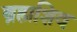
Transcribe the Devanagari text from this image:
ब्रह्मशिव